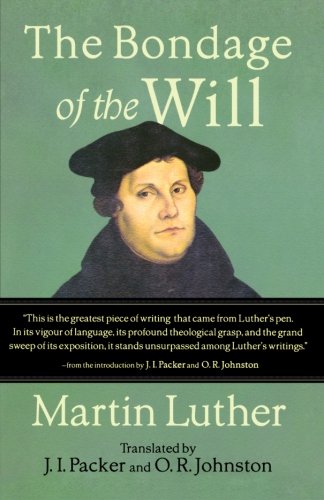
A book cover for The Bondage of the Will; Martin Luther; Christian Books & Bibles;